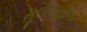
મૂલાકાતોએ